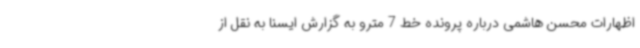
اظهارات محسن هاشمی درباره پرونده خط 7 مترو به گزارش ایسنا به نقل از